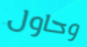
وحاول